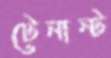
টেনান্ট